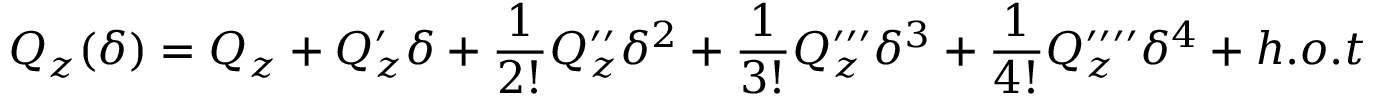
Q _ { z } ( \delta ) = Q _ { z } + Q _ { z } ^ { \prime } \delta + \frac { 1 } { 2 ! } Q _ { z } ^ { \prime \prime } \delta ^ { 2 } + \frac { 1 } { 3 ! } Q _ { z } ^ { \prime \prime \prime } \delta ^ { 3 } + \frac { 1 } { 4 ! } Q _ { z } ^ { \prime \prime \prime \prime } \delta ^ { 4 } + h . o . t